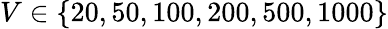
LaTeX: V\in\{ 20,50,100,200,500,1000\}